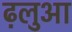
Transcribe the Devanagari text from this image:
ढ़लुआ